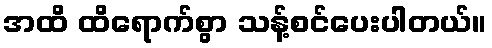
အထိ ထိရောက်စွာ သန့်စင်ပေးပါတယ်။